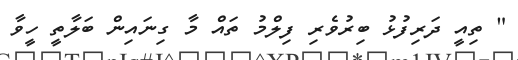
" ތިއީ ދަރިފުޅު ބިރުވެރި ފިލްމު ތައް މާ ގިނައިން ބަލާތީ ހީވާ